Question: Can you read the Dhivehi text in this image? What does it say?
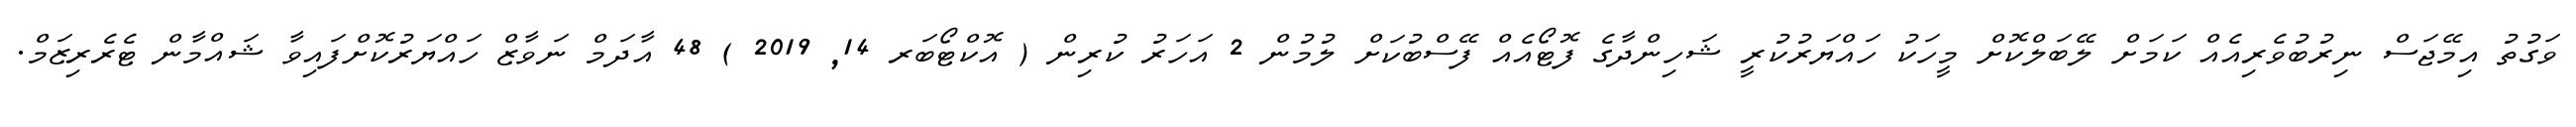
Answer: ވަގުތު އިމޭޖަސް ނިރުބުވެރިއެއް ކަމަށް ލޭބަލްކޮށް މީހަކު ހައްޔަރުކުރީ ޝަހިންދާގެ ފޮޓޯއެއް ފޭސްބުކަށް ލުމުން 2 އަހަރު ކުރިން ( އޮކްޓޯބަރ 14, 2019 ) 48 އާދަމް ނަވާޒް ހައްޔަރުކޮށްފައިވާ ޝައްމާން ޓެރެރިޒަމް.